Scottish Leaving Certificate Examination, 1957
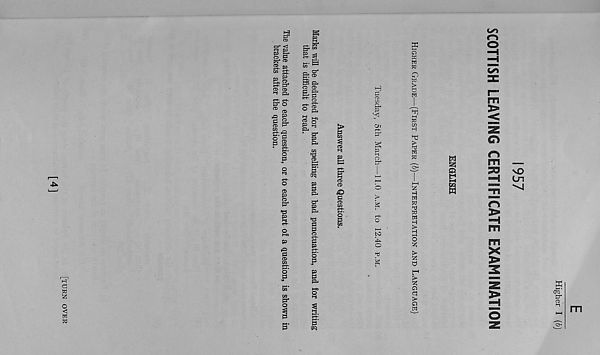
[TURN OVER
p
The value attached to each question, or to each part oi a question, is shown i:
brackets after the question.
Marks will be deducted for bad spelling and bad punctuation, and for writing
that is difficult to read.
5 o
a
w
a
O
a
>
u
w
€✓5
r\
O
m
>
> a
w
a
2
H
M
a a
a
g
o
iz!
>
Z
O
>
Z
Q
Q
>
s
o
e
w
o
m —
20 NO
■H Ln
5
m
m
X
>
z
m
Higher I (&)